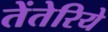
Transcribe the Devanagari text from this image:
तेंतेरिये